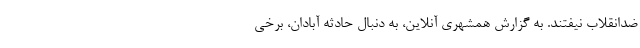
ضدانقلاب نیفتند. به گزارش همشهری آنلاین، به دنبال حادثه آبادان، برخی